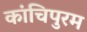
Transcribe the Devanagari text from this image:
कांचिपुरम